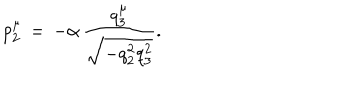
p _ { 2 } ^ { \mu } \, = \, - \alpha \, \frac { q _ { 3 } ^ { \mu } } { \sqrt { - q _ { 2 } ^ { 2 } q _ { 3 } ^ { 2 } } } .